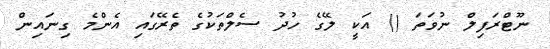
ނޫޓްރަފިލް ނުވަތަ () އަކީ ލޭގެ ހުދު ސެލްތަކުގެ ތެރޭގައި އެންމެ ގިނައިން